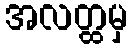
အလတ္ထမှ